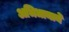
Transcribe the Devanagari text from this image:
अभिधानाने